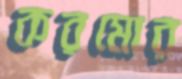
করমোর